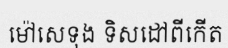
ម៉ៅសេទុង ទិសដៅពីកើត